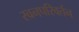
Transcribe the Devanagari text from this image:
स्वनपरिवर्तन